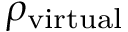
\rho _ { \mathrm { v i r t u a l } }